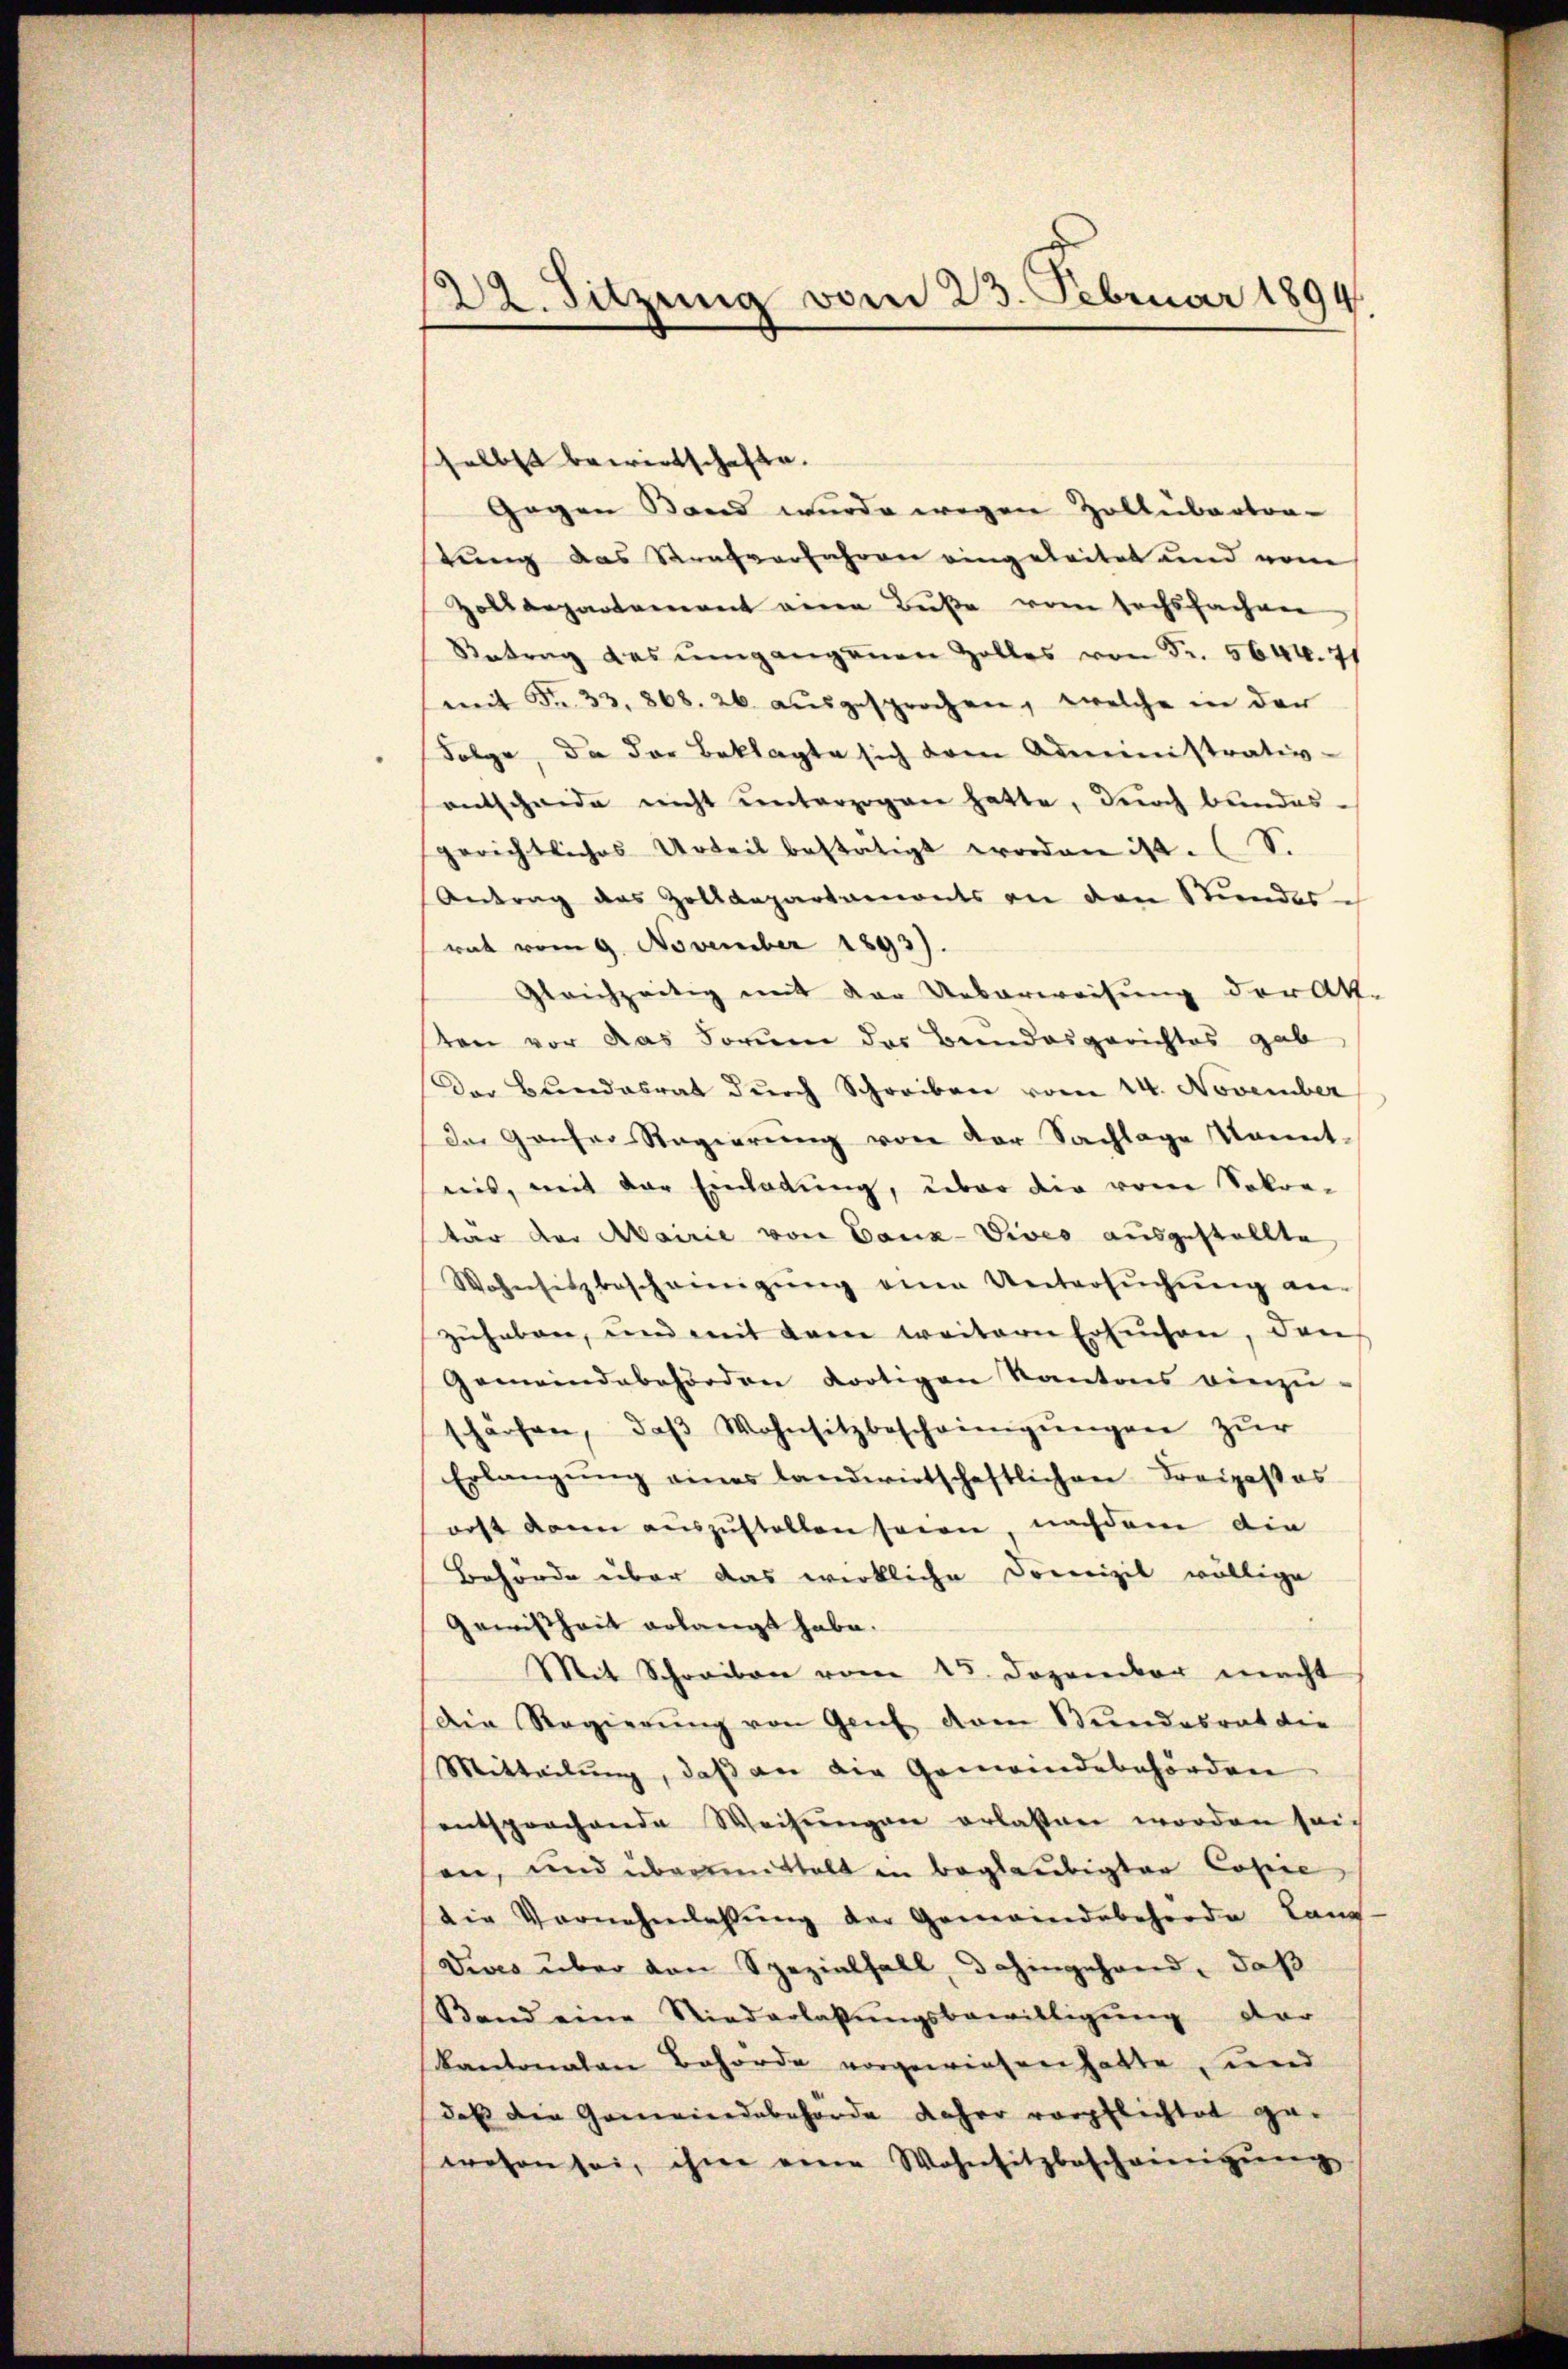
122. Sitzung vom 23. Februar 1894.

shelbst bewirtschafte.
Gegen Band wurde wegen Zollübertra-
tung das Strafverfahren eingeleitet und vom
Zolldepartement veren Buße vom sechsfachen
Retrag des umgangenen Zolles von Fr. 5644. 71
mit Fr. 33. 868. 26 aŭsgesprochen, welche in der
Folge, da das Beklagte sich dem Administrativ-
entscheide nicht unterzogen hatte, durch bundes-
gerichtliches Urteil bestätigt worden ist. (S.
Antrag des Zolldepartemonts an den Stundes
rat vom 9. November 1893).
gleichzeitig mit der Ueberweisung der Akt.
sten vor das Forum des Bundesgerichtes gab
Der Bundesrat durch Schreiben vom 14. November
das Ganzer Regierŭng von der Sachlage kannt-
nis, mit der Einladung, über die von Sokon-
tar der Abairie von Canz-Vives ausgestellte
Wohnsitz bescheinigŭng eine Untersŭchŭng an-
zŭhaben, und mit dem weitern Ersuchen, den
Gemeindebehörden dortigen Kantons einzu-
schärfen, daβ Wohnsitzbescheinigŭngen zŭr
Erlangŭng eines landwirtschaftlichen Freipastas
orst dann auszustellen seien nachdem die
Behörde über das wirkliche Domizil völlige
Gewißheit erlangt habe.
Mit Schreiben vom 15. Dezember macht
Die Regierŭng von Genf dem Stundesrat die
Mitteilung, daß an die Gemeindebehörden
entsprochende Weisungen erlassen worden sei
an, und überrenthalt in Beglaubigter Copie
die Vornehmlassŭng der Gemeindebehörde Land-
Dives über den Spezialfall, dahingehand, daß
Band eine Niederlassŭngsbewilligŭng dar
Kantonalen Behörde vorgewiesen hatte, und
daß die Gemeindebehörde daher verpflichtet ge-
wesen sei, ihm eine Wohnsitzbescheinigŭng